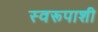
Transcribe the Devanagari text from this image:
स्वरूपाशी